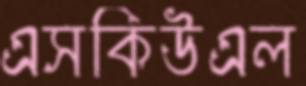
এসকিউএল